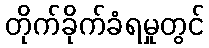
တိုက်ခိုက်ခံရမှုတွင်